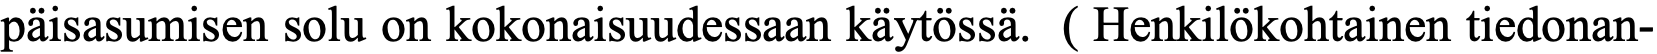
päisasumisen solu on kokonaisuudessaan käytössä. ( Henkilökohtainen tiedonan-